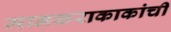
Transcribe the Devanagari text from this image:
मानकराकाकांची